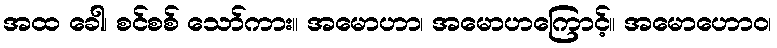
အထ ခေါ၊ စင်စစ် သော်ကား။ အမောဟာ၊ အမောဟကြောင့်။ အမောဟောဝ၊